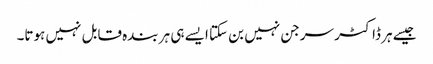
جیسے ہر ڈاکٹر سرجن نہیں بن سکتا ایسے ہی ہر بندہ قابل نہیں ہوتا۔